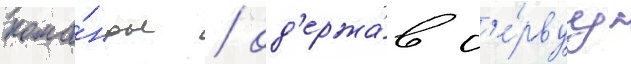
кома́нды / од'ержа́в п'е́рвуу